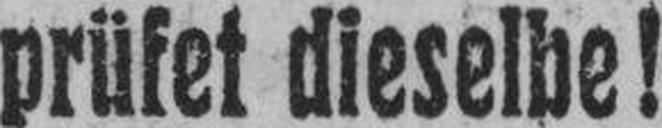
prüfet dieselbe!